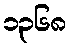
၁၃၆၈